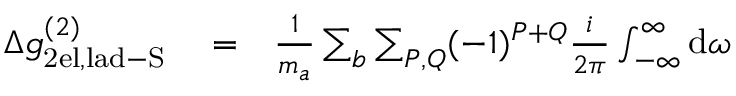
\begin{array} { r l r } { \Delta g _ { \mathrm { 2 e l , l a d - S } } ^ { ( 2 ) } } & { { } = } & { \frac { 1 } { m _ { a } } \sum _ { b } \sum _ { P , Q } ( - 1 ) ^ { P + Q } \frac { i } { 2 \pi } \int _ { - \infty } ^ { \infty } \mathrm { d } \omega } \end{array}